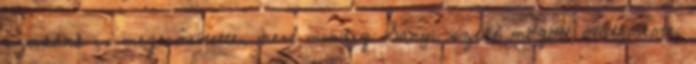
szukánk is megerősítette, mert mindig Sanyi széke mögött ólálkodott,